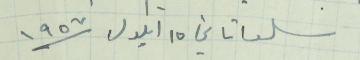
سلعاتا في ١٥ ايلول سنة ١٩٥٧